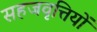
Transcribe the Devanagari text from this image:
सहजवृत्तियों